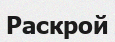
Раскрой